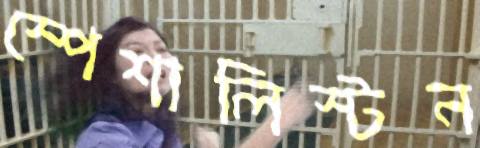
স্পেশালিস্টন